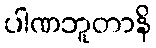
ပါဏဘူတာနိ